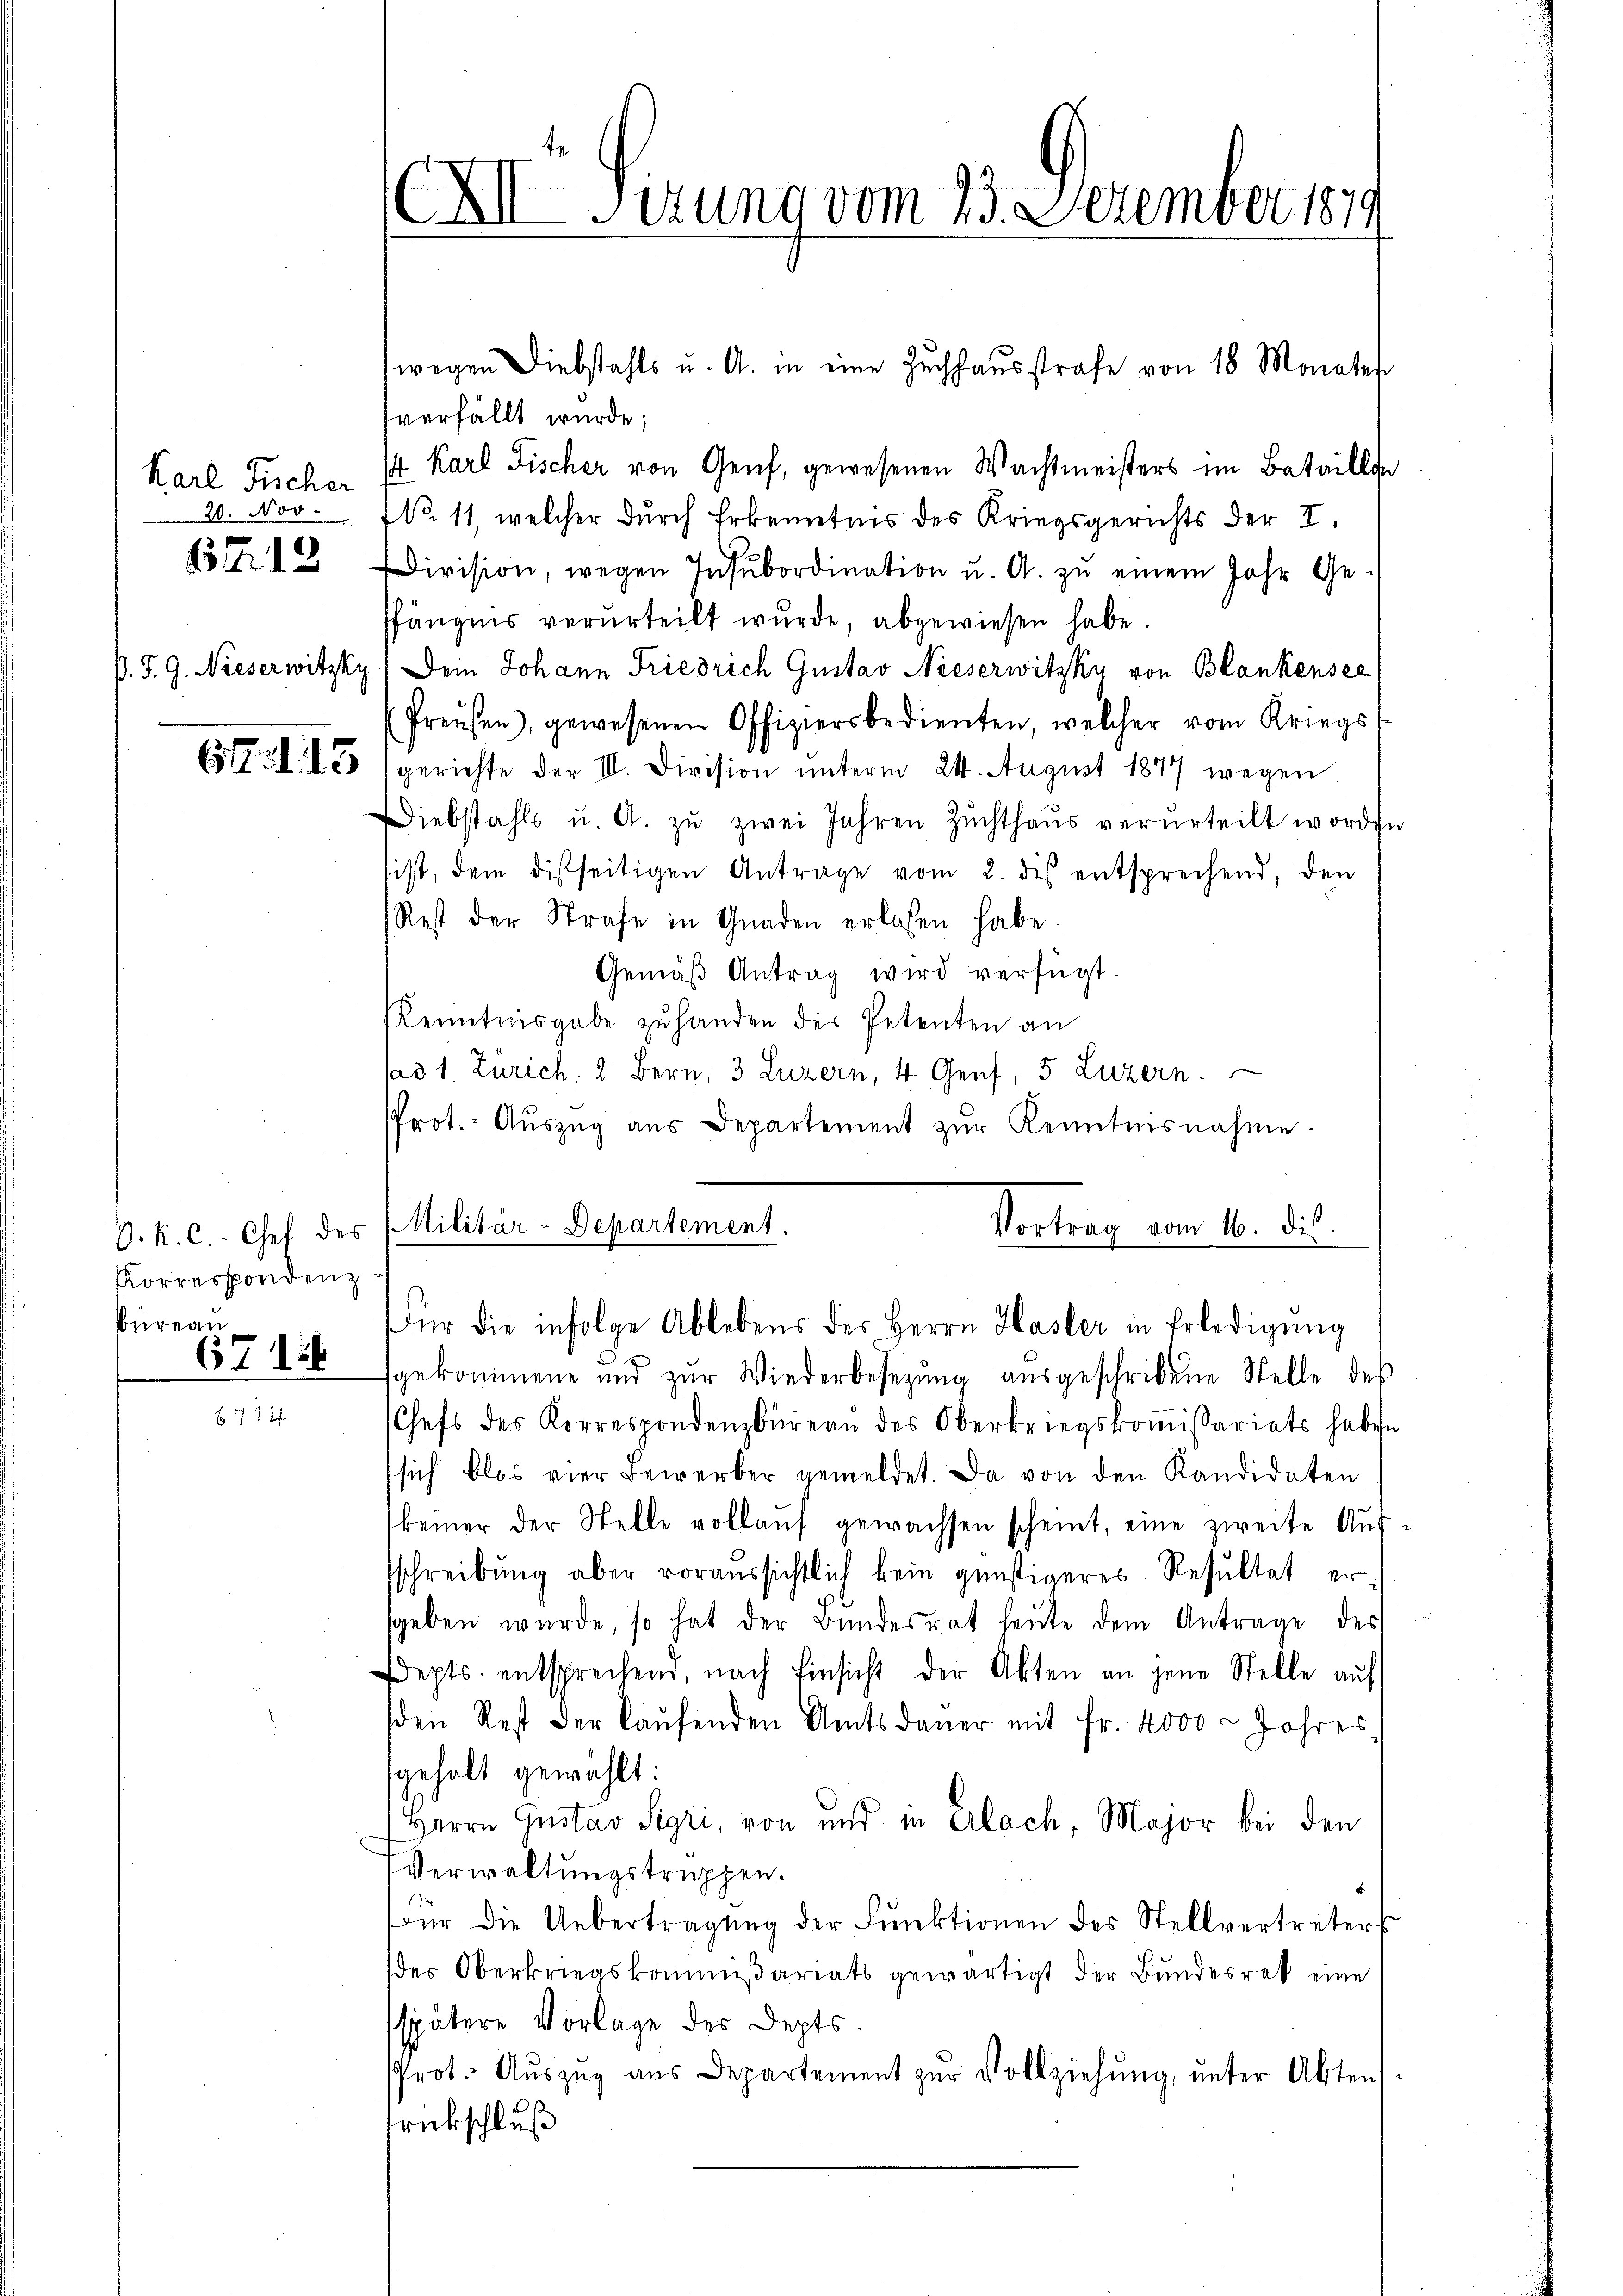
Karl Fischer
20. Nov.
67. 13

Korrespondenz
Büreau
6718

XII Sizung vom 23. Dezember 1879

O. K. C. Chef des Militär-Departement.

fverfällt wurde;
 Karl Fischer von Genf, gewesenen Wachtmeisters im Bataillon
No. 11, welcher durch Erkenntnis des Kriegsgerichts der I.
Division, wegen Insubordination u. A. zŭ einem Jahr Ge-
Pfängnis verurteilt wurde, abgewiesen habe.
P. J. G. Nieserwitzky (Dein Johann Friedrich Gustav Neeserwitzky von Blankensee
(Preisen, gewesenen Offiziersbedienten, welcher vom Kriegs
613. d. 25 gerichte der III. Division unterm 24. August 1877 wegen
Diebstahls u. A. zŭ zwei Jahren Zŭchthaŭs verurteilt worden
sist, dem disseitigen Antrage vom 2. des entsprechend, den
Rest der Strafe in Gnaden erlassen habe.
Gemäß Antrag wird verfügt.
Kenntnisgabe zŭ handen des Petenten an
sad 1. Zürich, 2. Bern, 3 Luzern, 4 Genf, 5 Luzern.
Prot. Aŭszŭg aŭs Departement zŭr Kenntnisnahme
Vortrag vom 16. dis
ür die infolge Ablebens des Herrn Hasler in Erledigŭng
sgekommene und zur Wiederbesezung ausgeschribene Stelle des
Chefs des Korrespondenzbüreau des Oberkriegskoṁissariats haben
sich blos vier Bewerber gemeldet. Da von den Kandidaten
keiner der Stelle vollaŭf gewachsen scheint, eine zweite Aufsschreibung aber voraussichtlich kein günstigeres Resultat er
sgeben würde, so hat der Bundesrat heute dem Antrage des
Depts entsprechend, nach Einsicht der Akten an jene Stelle auf
sden Rest der laŭfenden Amtsdaŭer mit Fr. 4000 Jahres,
sgehalt gewählt:
Herrn Gustav Sigri, von und in Erlach, Major bei den
Verwaltungstruppen.
Für die Uebertragŭng der Funktionen des Stellvertreters
des Oberkriegskommißariats gewärtigt der Bundesrat eine
spätere Vorlage des Depts.
Prot. Aŭszŭg aŭs Departement zŭr Vollziehŭng ŭnter Akten
rückschluß

wegen Diebstahls u. A. in eine Zŭchhaŭsstrafe von 18 Monates